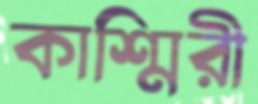
কাশ্মিরী